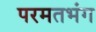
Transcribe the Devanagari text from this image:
परमतभंग